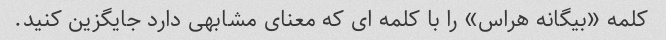
کلمه «بیگانه هراس» را با کلمه ای که معنای مشابهی دارد جایگزین کنید.